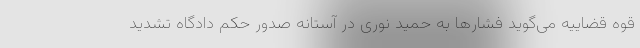
قوه قضاییه می‌گوید فشارها به حمید نوری در آستانه صدور حکم دادگاه تشدید